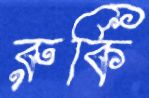
রুর্কি